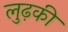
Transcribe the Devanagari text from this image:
लुढ़की